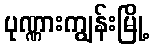
ပုဏ္ဏားကျွန်းမြို့